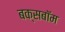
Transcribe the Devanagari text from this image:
बक्सबॉम